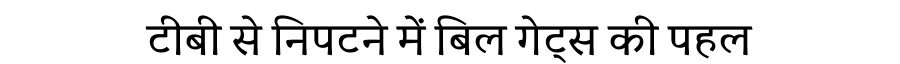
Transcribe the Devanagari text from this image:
टीबी से निपटने में बिल गेट्स की पहल